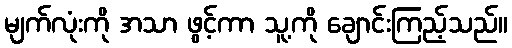
မျက်လုံးကို အသာ ဖွင့်ကာ သူ့ကို ချောင်းကြည့်သည်။